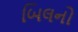
બિલનો